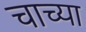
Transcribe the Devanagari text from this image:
चाच्या